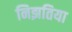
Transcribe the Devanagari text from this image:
निझतिया